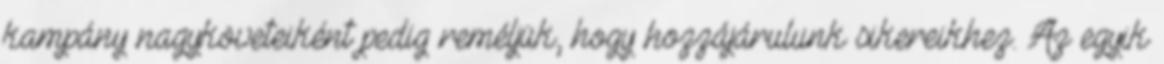
kampány nagyköveteiként pedig reméljük, hogy hozzájárulunk sikereikhez. Az egyik